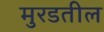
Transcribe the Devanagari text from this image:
मुरडतील